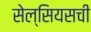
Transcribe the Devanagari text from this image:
सेल्सियसची